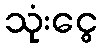
သုံးငွေ